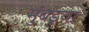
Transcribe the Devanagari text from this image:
मुंबइया